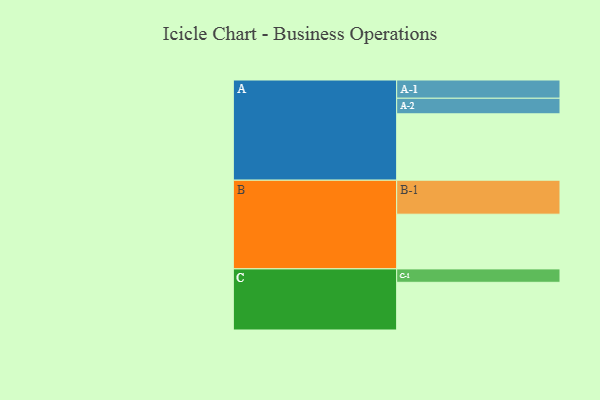
{"axis": {"x": "Segment", "y": "Value"}, "legend": ["", "A", "B", "C"], "data": [{"x": "A", "y": 426, "type": ""}, {"x": "B", "y": 351, "type": ""}, {"x": "C", "y": 306, "type": ""}, {"x": "A-1", "y": 117, "type": "A"}, {"x": "A-2", "y": 100, "type": "A"}, {"x": "B-1", "y": 218, "type": "B"}, {"x": "C-1", "y": 86, "type": "C"}]}